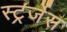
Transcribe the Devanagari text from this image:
स्ट्रर्जेस